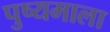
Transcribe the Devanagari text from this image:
पुष्यमाला